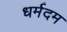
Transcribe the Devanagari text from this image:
धर्मदम